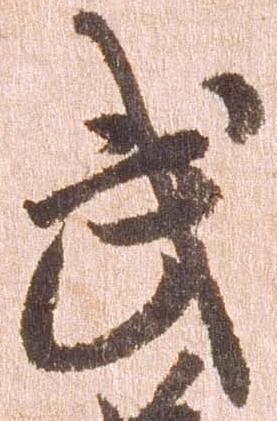
武